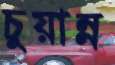
চুয়ান্ন